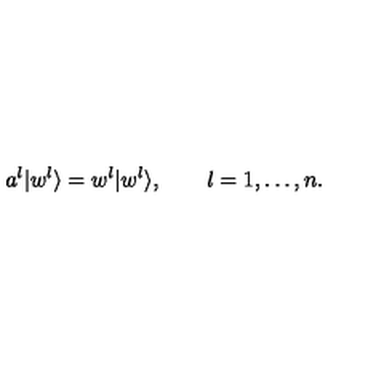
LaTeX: a ^ { l } | w ^ { l } \rangle = w ^ { l } | w ^ { l } \rangle , \qquad l = 1 , \ldots , n .